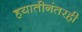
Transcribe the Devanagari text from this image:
हयातीनंतरही